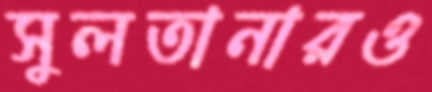
সুলতানারও